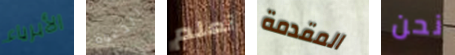
الأبرياء الدعوة تعلم المقدمة نحن